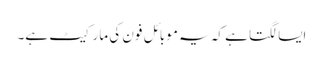
ایسا لگتا ہے کہ یہ موبائل فون کی مارکیٹ ہے۔